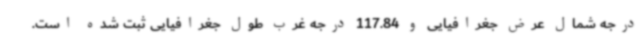
درجه شمال عرض جغرافیایی و 117.84 درجه غرب طول جغرافیایی ثبت شده است.